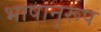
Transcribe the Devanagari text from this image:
भाषानुरूप